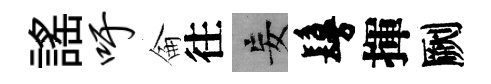
謡吁侖往妄鬘揮劂